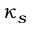
\kappa _ { s }